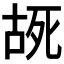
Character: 𫪔